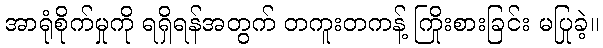
အာရုံစိုက်မှုကို ရရှိရန်အတွက် တကူးတကန့် ကြိုးစားခြင်း မပြုခဲ့။